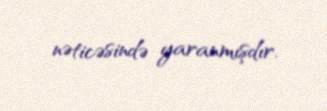
nəticəsində yaranmışdır.